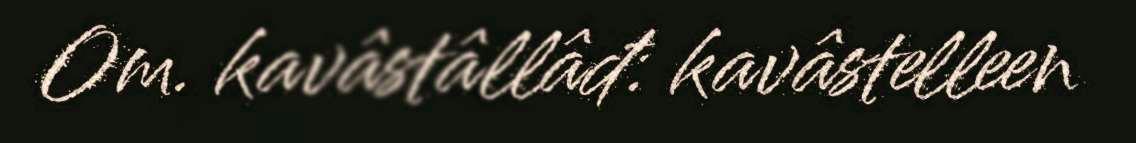
Om. kavâstâllâđ: kavâstelleen